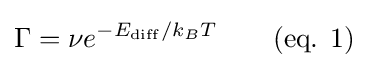
\Gamma =\nu e^{-E_{\mathrm {diff} }/k_{B}T}\qquad {\text{(eq. 1)}}